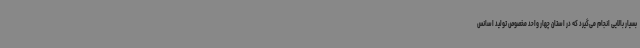
بسیار بالایی انجام می‌گیرد که در استان چهار واحد مخصوص تولید اسانس